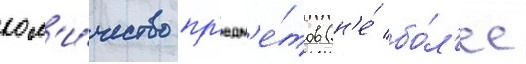
кол'и́чество пр'едм'е́тов (н'е́ бо́л'ее